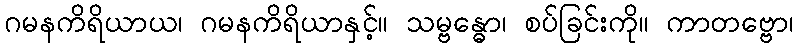
ဂမနကိရိယာယ၊ ဂမနကိရိယာနှင့်။ သမ္ဗန္ဓော၊ စပ်ခြင်းကို။ ကာတဗ္ဗော၊